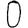
Digit: 0